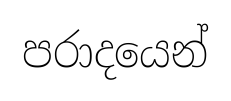
පරාදයෙන්